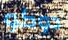
دوكو